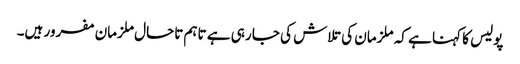
پولیس کا کہنا ہے کہ ملزمان کی تلاش کی جا رہی ہے تاہم تاحال ملزمان مفرور ہیں۔